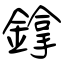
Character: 鎿